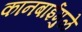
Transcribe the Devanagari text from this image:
कानबाईमुळे